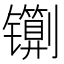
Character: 𰿇